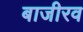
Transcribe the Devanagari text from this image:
बाजीरव